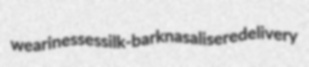
wearinesses silk-bark nasalise redelivery